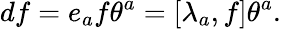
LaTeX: df=e_{a}f\theta^{a}=[\lambda_{a},f]\theta^{a}.